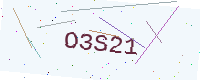
Text: O3S21